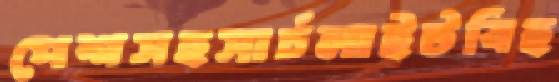
পেশসহসার্চলাইটবিহ